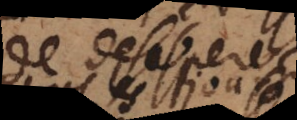
de desesperer